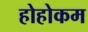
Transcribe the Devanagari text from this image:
होहोकम